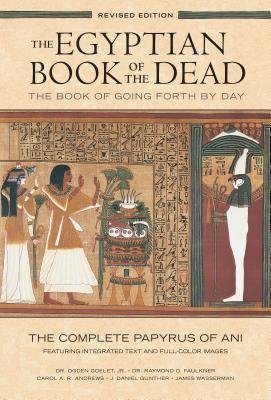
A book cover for The Book of Going Forth by Day The Complete Papyrus of Ani Featuring Integrated The Egyptian Book of the Dead (Paperback) - Common; 2015by Ogden Goelet and Raymond Faulkner Day: The Complete Papyrus of Ani Featuring Integrated...Jan 20; Religion & Spirituality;